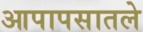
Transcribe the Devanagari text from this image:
आपापसातले